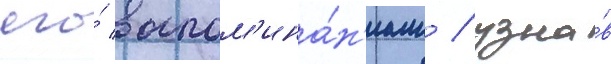
его́ воспом'ина́н'иам / узна́в